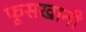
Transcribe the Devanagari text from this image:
फूसखानी